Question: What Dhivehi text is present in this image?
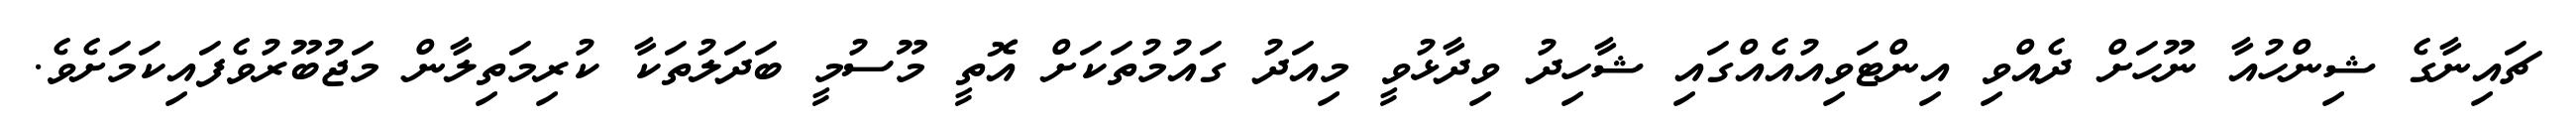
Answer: ޗައިނާގެ ޝިންހުއާ ނޫހަށް ދެއްވި އިންޓަވިއުއެއްގައި ޝާހިދު ވިދާޅުވީ މިއަދު ގައުމުތަކަށް އޮތީ މޫސުމީ ބަދަލުތަކާ ކުރިމަތިލާން މަޖުބޫރުވެފައިކަމަށެވެ.